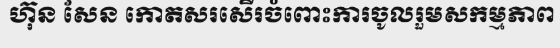
ហ៊ុន សែន កោតសរសើរចំពោះការចូលរួមសកម្មភាព